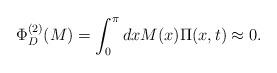
LaTeX: \begin{align*} \Phi_D^{(2)}(M)=\int_{0}^{\pi}dxM(x)\Pi(x,t)\approx 0.\end{align*}